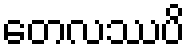
တေလဿပိ